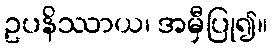
ဥပနိဿာယ၊ အမှီပြု၍။